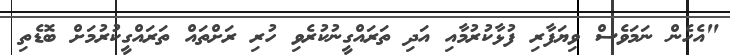
"އެހެން ނަމަވެސް ވިޔަފާރި ފުޅާކުރުމާއި އަދި ތަރައްގީނުކުރެވި ހުރި ރަށްތައް ތަރައްގީކުރުމަށް ބޮޑެތި